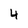
Character: 4